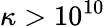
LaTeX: \kappa>10^{10}